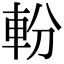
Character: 𨋂